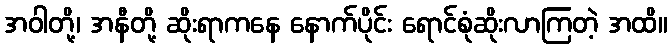
အဝါတို့၊ အနီတို့ ဆိုးရာကနေ နောက်ပိုင်း ရောင်စုံဆိုးလာကြတဲ့ အထိ။